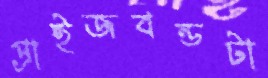
প্রাইজবন্ডটা